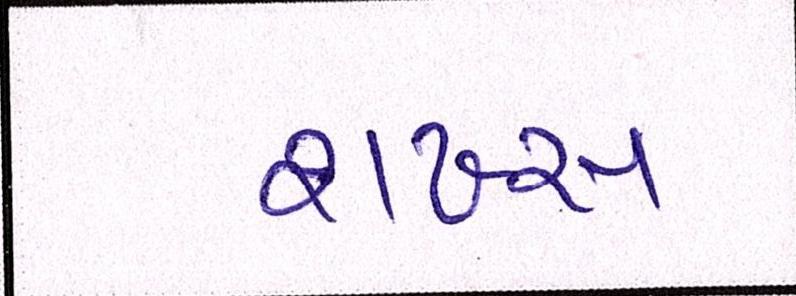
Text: શખ્સ